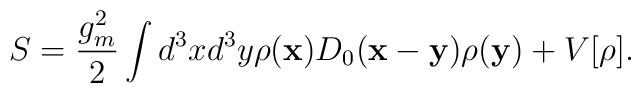
S=\frac{g_m^2}{2}\int d^3xd^3y\rho({\bf x})D_0({\bf x}-{\bf y})\rho({\bf y})+V[\rho].